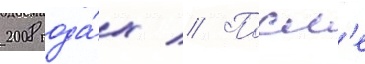
2008 года́х // Посл'е